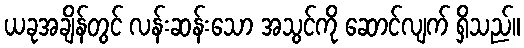
ယခုအချိန်တွင် လန်းဆန်းသော အသွင်ကို ဆောင်လျက် ရှိသည်။